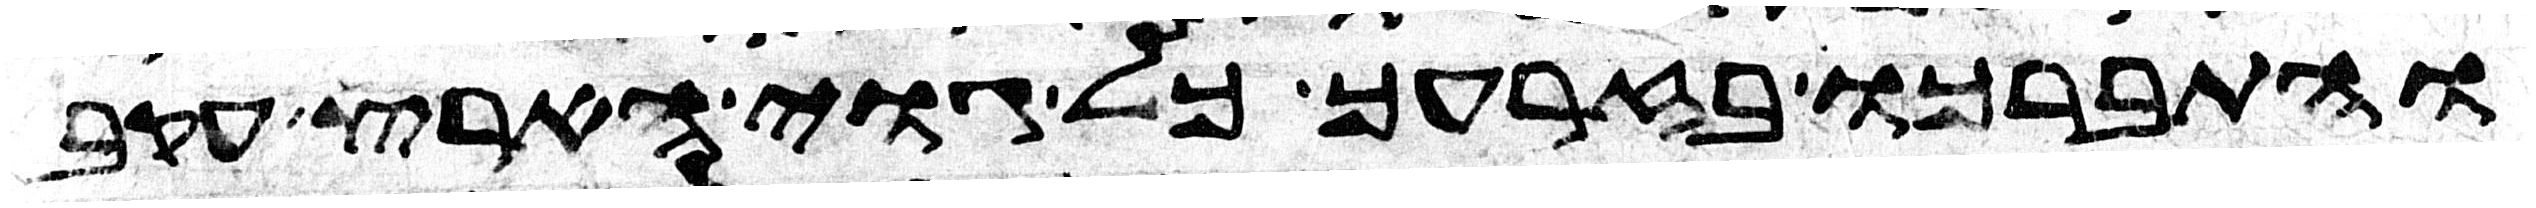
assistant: והתברכו בזרעך כל גוי הארץ עקב